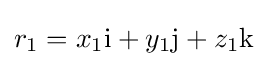
r_{1}=x_{1}\mathrm {i} +y_{1}\mathrm {j} +z_{1}\mathrm {k}